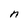
Character: n